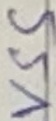
Text: VSS